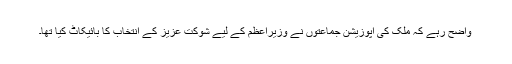
واضح رہے کہ ملک کی اپوزیشن جماعتوں نے وزیراعظم کے لیے شوکت عزیز کے انتخاب کا بائیکاٹ کیا تھا۔